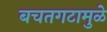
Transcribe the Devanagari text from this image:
बचतगटामुळे